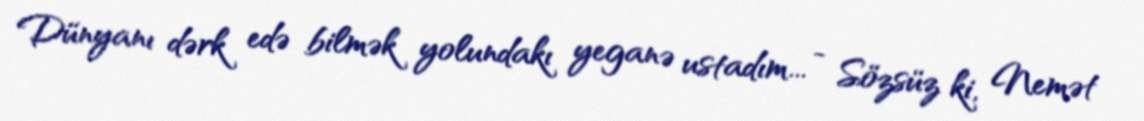
Dünyanı dərk edə bilmək yolundakı yeganə ustadım... - Sözsüz ki, Nemət